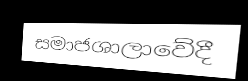
සමාජශාලාවේදී